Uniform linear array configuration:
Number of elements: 8
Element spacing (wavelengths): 0.75
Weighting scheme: hamming
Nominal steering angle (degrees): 15
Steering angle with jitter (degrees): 15.981
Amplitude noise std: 0.05
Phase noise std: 0.05

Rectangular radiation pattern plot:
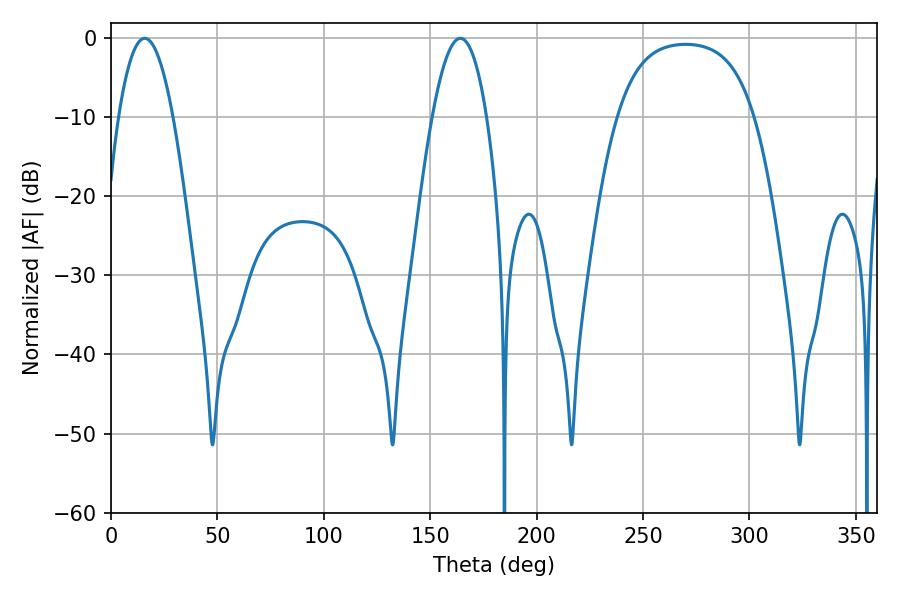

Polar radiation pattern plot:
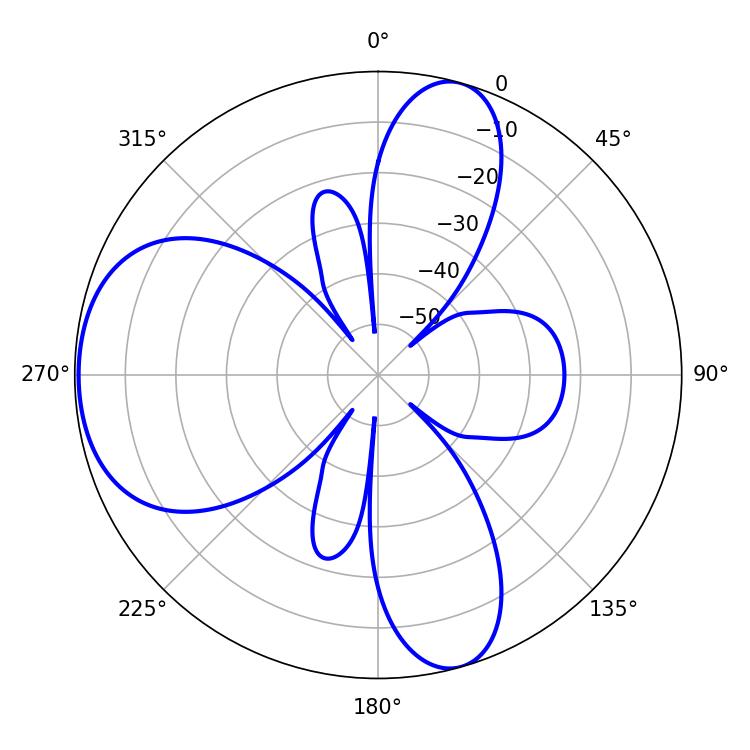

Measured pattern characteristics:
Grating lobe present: TRUE
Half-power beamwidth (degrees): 14.04
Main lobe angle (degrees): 15.84